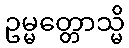
ဥမ္မတ္တောသ္မိ